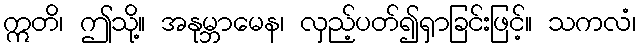
ဣတိ၊ ဤသို့။ အနုမ္ဘာမေန၊ လှည့်ပတ်၍ရှာခြင်းဖြင့်။ သကလံ၊